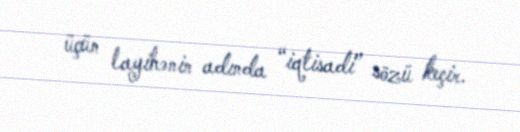
üçün layihənin adında “iqtisadi” sözü keçir.